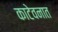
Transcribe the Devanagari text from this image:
काटेवनात